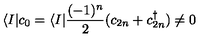
\langle I | c _ { 0 } = \langle I | { \frac { ( - 1 ) ^ { n } } { 2 } } ( c _ { 2 n } + c _ { 2 n } ^ { \dagger } ) \not = 0